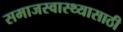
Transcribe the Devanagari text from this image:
समाजस्वास्थ्यासाठी